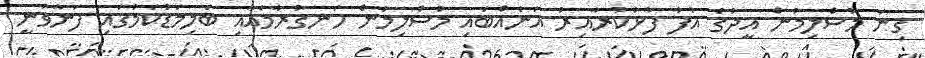
ގިނަ މުސްލިމުން އީދުގެ އުފާ ފާޅުކުރާއިރު އަނެއްބައި މުސްލިމުން ހަނގުރާމައާއި ބަލިމަޑުކަމުގައި ފަނާވަނީ